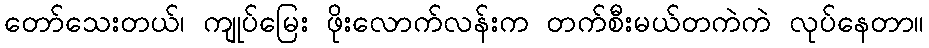
တော်သေးတယ်၊ ကျုပ်မြေး ဖိုးလောက်လန်းက တက်စီးမယ်တကဲကဲ လုပ်နေတာ။